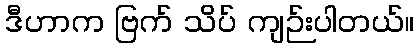
ဒီဟာက ဗြက် သိပ် ကျဉ်းပါတယ်။